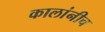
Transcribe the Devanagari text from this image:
कालांनीच